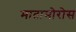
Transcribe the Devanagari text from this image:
मातामोरोस